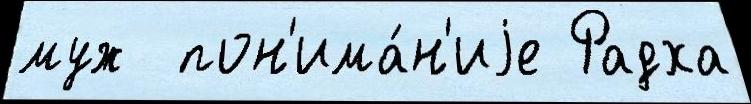
муж  пон'има́н'иjе Радха